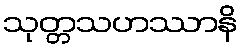
သုတ္တသဟဿာနိ